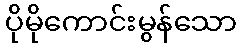
ပိုမိုကောင်းမွန်သော